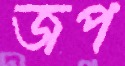
জপ